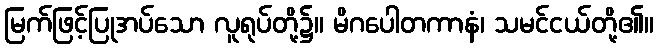
မြက်ဖြင့်ပြုအပ်သော လူရုပ်တို့၌။ မိဂပေါတကာနံ၊ သမင်ငယ်တို့၏။